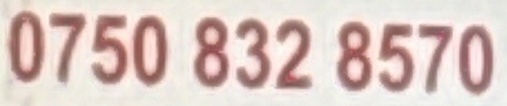
0750 832 8570